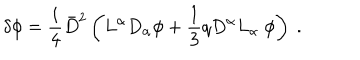
\delta \phi = \frac { i } { 4 } { \bar { D } } ^ { 2 } \left( L ^ { \alpha } D _ { \alpha } \phi + \frac { 1 } { 3 } q D ^ { \alpha } L _ { \alpha } \ \phi \right) \ .